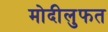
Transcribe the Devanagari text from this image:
मोदीलुफत